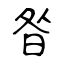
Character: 昝